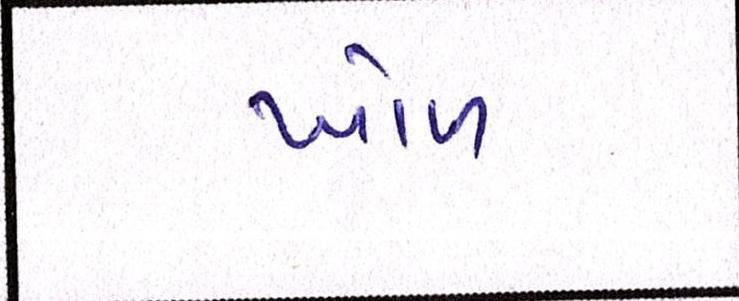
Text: ખોળ